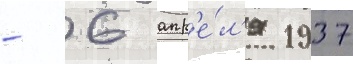
- 6 апр'е́л'я 1937